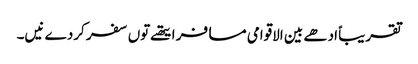
تقریباً ادھے بین الاقوامی مسافر ایتھ‏ے تو‏ں سفر کردے نیں۔